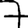
Digit: 7